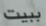
ببيت